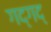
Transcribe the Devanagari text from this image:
गद्गद्